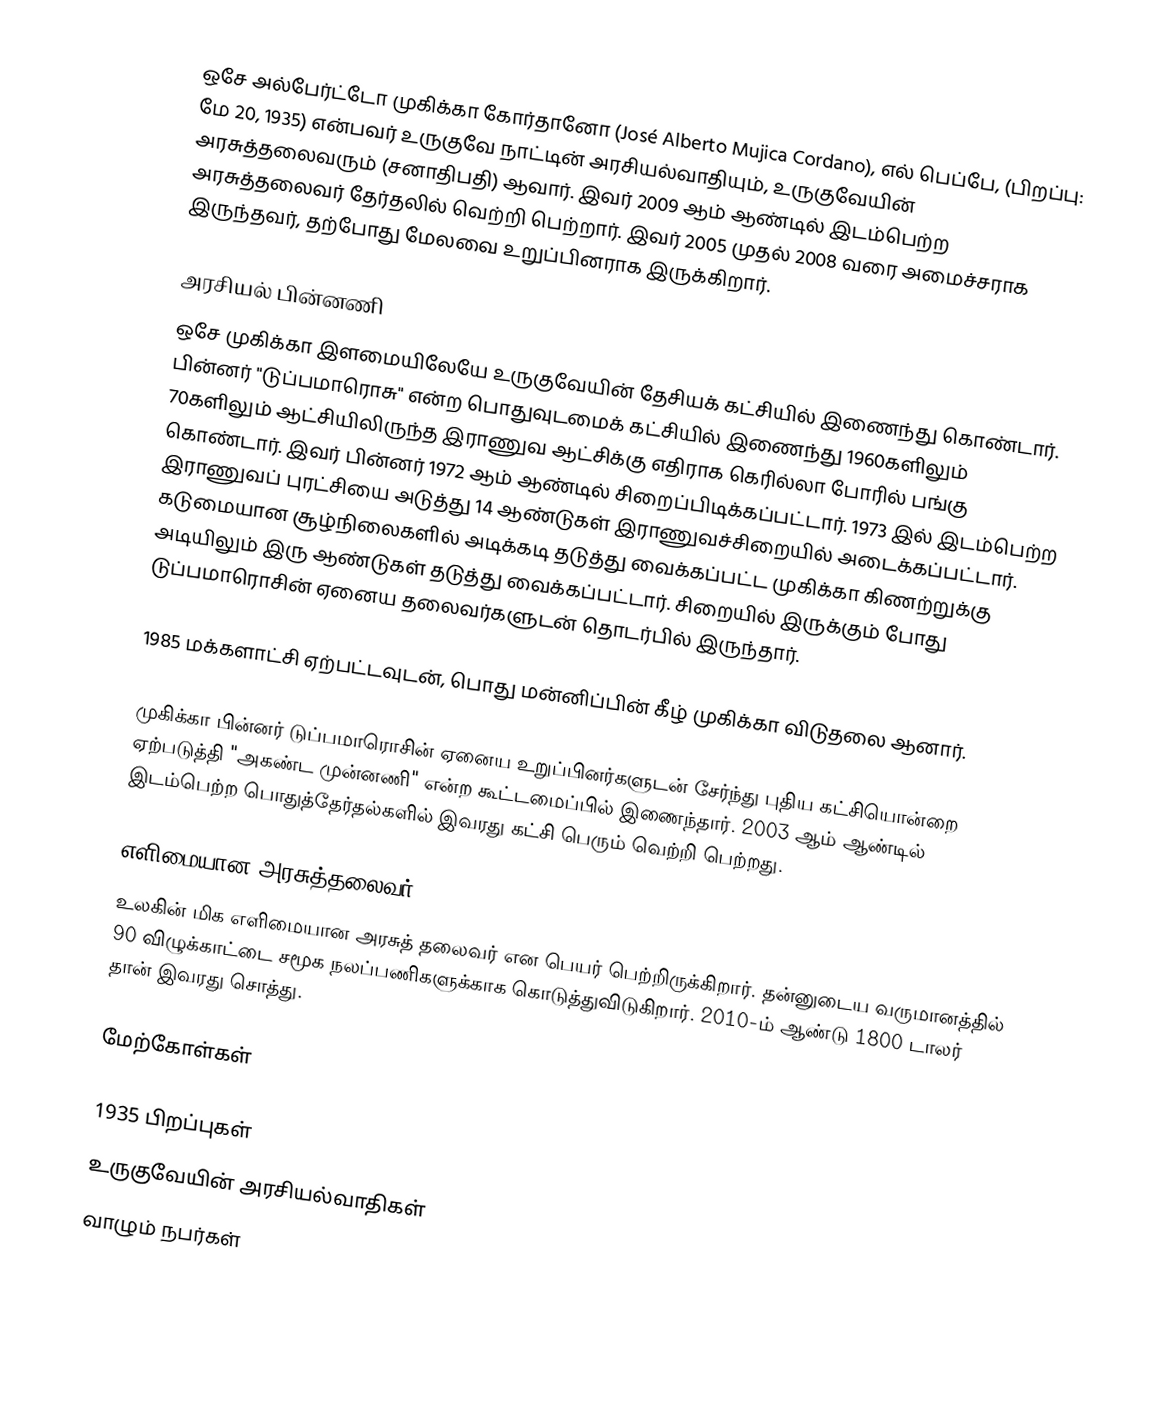
ஒசே அல்பேர்ட்டோ முகிக்கா கோர்தானோ (José Alberto Mujica Cordano), எல் பெப்பே, (பிறப்பு: மே 20, 1935) என்பவர் உருகுவே நாட்டின் அரசியல்வாதியும், உருகுவேயின் அரசுத்தலைவரும் (சனாதிபதி) ஆவார். இவர் 2009 ஆம் ஆண்டில் இடம்பெற்ற அரசுத்தலைவர் தேர்தலில் வெற்றி பெற்றார். இவர் 2005 முதல் 2008 வரை அமைச்சராக இருந்தவர், தற்போது மேலவை உறுப்பினராக இருக்கிறார்.

அரசியல் பின்னணி
ஒசே முகிக்கா இளமையிலேயே உருகுவேயின் தேசியக் கட்சியில் இணைந்து கொண்டார். பின்னர் "டுப்பமாரொசு" என்ற பொதுவுடமைக் கட்சியில் இணைந்து 1960களிலும் 70களிலும் ஆட்சியிலிருந்த இராணுவ ஆட்சிக்கு எதிராக கெரில்லா போரில் பங்கு கொண்டார். இவர் பின்னர் 1972 ஆம் ஆண்டில் சிறைப்பிடிக்கப்பட்டார். 1973 இல் இடம்பெற்ற இராணுவப் புரட்சியை அடுத்து 14 ஆண்டுகள் இராணுவச்சிறையில் அடைக்கப்பட்டார். கடுமையான சூழ்நிலைகளில் அடிக்கடி தடுத்து வைக்கப்பட்ட முகிக்கா கிணற்றுக்கு அடியிலும் இரு ஆண்டுகள் தடுத்து வைக்கப்பட்டார். சிறையில் இருக்கும் போது டுப்பமாரொசின் ஏனைய தலைவர்களுடன் தொடர்பில் இருந்தார்.

1985 மக்களாட்சி ஏற்பட்டவுடன், பொது மன்னிப்பின் கீழ் முகிக்கா விடுதலை ஆனார்.

முகிக்கா பின்னர் டுப்பமாரொசின் ஏனைய உறுப்பினர்களுடன் சேர்ந்து புதிய கட்சியொன்றை ஏற்படுத்தி "அகண்ட முன்னணி" என்ற கூட்டமைப்பில் இணைந்தார். 2003 ஆம் ஆண்டில் இடம்பெற்ற பொதுத்தேர்தல்களில் இவரது கட்சி பெரும் வெற்றி பெற்றது.

எளிமையான அரசுத்தலைவர்
உலகின் மிக எளிமையான அரசுத் தலைவர் என பெயர் பெற்றிருக்கிறார். தன்னுடைய வருமானத்தில் 90 விழுக்காட்டை  சமூக நலப்பணிகளுக்காக கொடுத்துவிடுகிறார். 2010-ம் ஆண்டு 1800  டாலர் தான் இவரது சொத்து.

மேற்கோள்கள்

1935 பிறப்புகள்
உருகுவேயின் அரசியல்வாதிகள்
வாழும் நபர்கள்